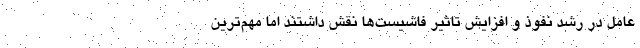
عامل در رشد نفوذ و افزایش تاثیر فاشیست‌ها نقش داشتند اما مهم‌ترین